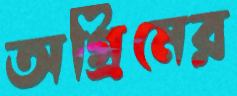
অগ্রিমের